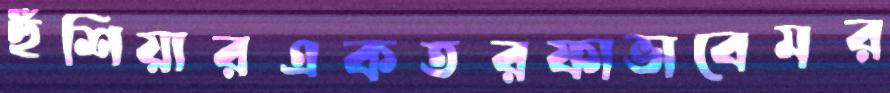
হুঁশিয়ারএকতরফাভাবেমর